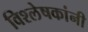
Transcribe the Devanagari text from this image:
विश्लेषकांनी